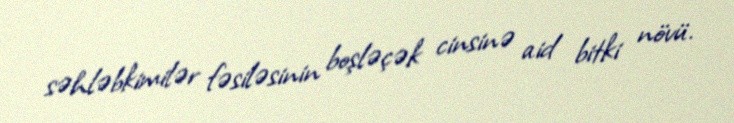
səhləbkimilər fəsiləsinin boşləçək cinsinə aid bitki növü.